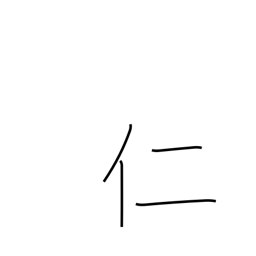
Meaning: man